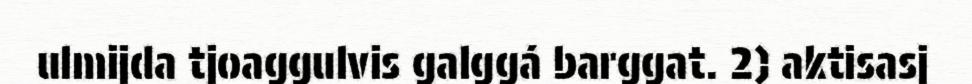
ulmijda tjoaggulvis galggá barggat. 2) aktisasj